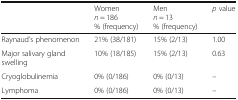
|  | Womenn = 186% (frequency) | Menn = 13% (frequency) | p value |
 | --- | --- | --- | --- |
 | Raynaud’s phenomenon | 21% (38/181) | 15% (2/13) | 1.00 |
 | Major salivary gland swelling | 10% (18/185) | 15% (2/13) | 0.63 |
 | Cryoglobulinemia | 0% (0/186) | 0% (0/13) | – |
 | Lymphoma | 0% (0/186) | 0% (0/13) | – |